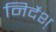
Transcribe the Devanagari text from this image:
निर्देश्